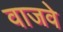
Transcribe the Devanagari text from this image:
वाजवे